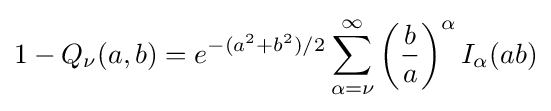
1-Q_{\nu }(a,b)=e^{-(a^{2}+b^{2})/2}\sum _{\alpha =\nu }^{\infty }\left({\frac {b}{a}}\right)^{\alpha }I_{\alpha }(ab)